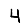
Digit: 4